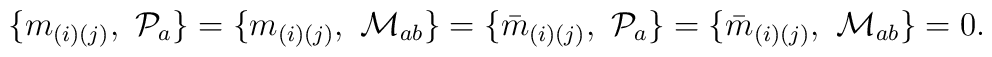
\{m_{(i)(j)}, \ {\cal P}_{a} \}=\{m_{(i)(j)}, \ {\cal M}_{ab} \}=\{{\bar m}_{(i)(j)}, \ {\cal P}_{a} \}=\{{\bar m}_{(i)(j)}, \ {\cal M}_{ab} \}=0.